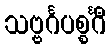
သဗ္ဗင်္ဂပစ္စင်္ဂီ